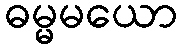
ဓမ္မမယော